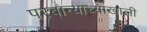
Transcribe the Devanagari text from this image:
परवान्याच्याखाली